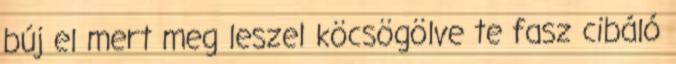
búj el mert meg leszel köcsögölve te fasz cibáló